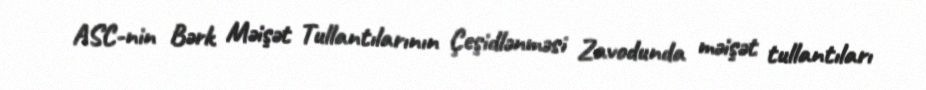
ASC-nin Bərk Məişət Tullantılarının Çeşidlənməsi Zavodunda məişət tullantıları